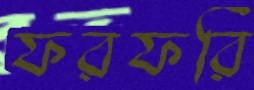
ফরফরি